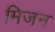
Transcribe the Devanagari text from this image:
मिजन